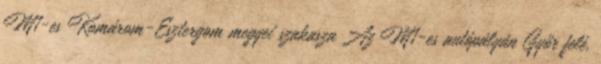
M1-es Komárom-Esztergom megyei szakasza Az M1-es autópályán Győr felé,